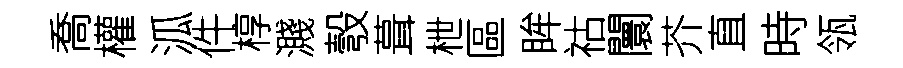
喬權泒件椁濺彀葺枻區眸祜闤芥直時瓴